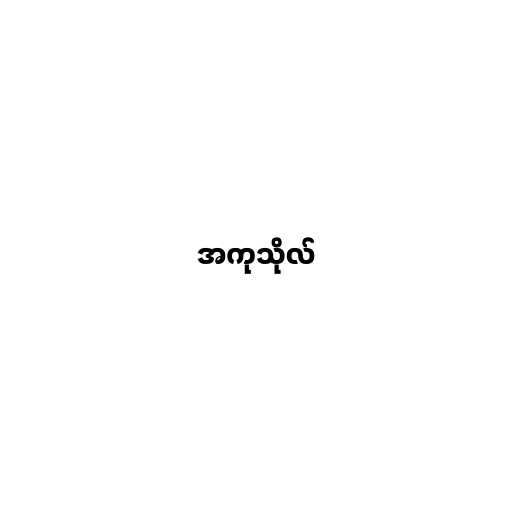
အကုသိုလ်